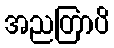
အညတြာပိ